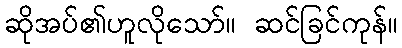
ဆိုအပ်၏ဟူလိုသော်။ ဆင်ခြင်ကုန်။